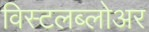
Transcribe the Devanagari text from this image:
विस्टलब्लोअर